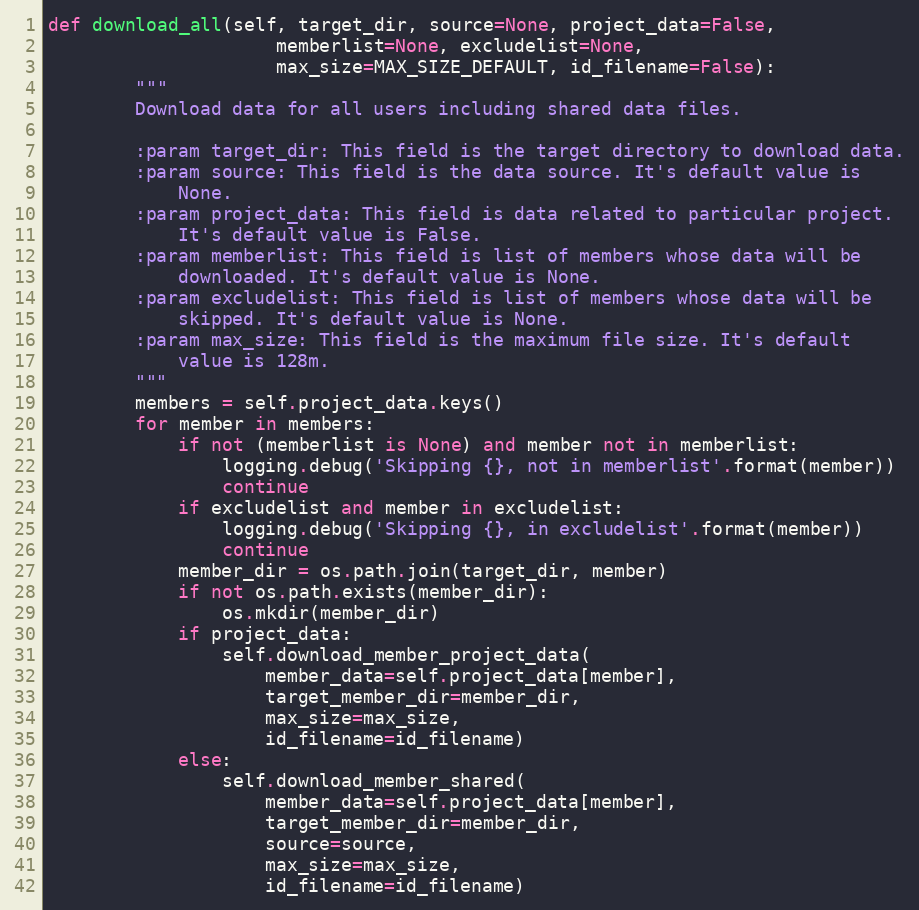
Language: Python
def download_all(self, target_dir, source=None, project_data=False,
                     memberlist=None, excludelist=None,
                     max_size=MAX_SIZE_DEFAULT, id_filename=False):
        """
        Download data for all users including shared data files.

        :param target_dir: This field is the target directory to download data.
        :param source: This field is the data source. It's default value is
            None.
        :param project_data: This field is data related to particular project.
            It's default value is False.
        :param memberlist: This field is list of members whose data will be
            downloaded. It's default value is None.
        :param excludelist: This field is list of members whose data will be
            skipped. It's default value is None.
        :param max_size: This field is the maximum file size. It's default
            value is 128m.
        """
        members = self.project_data.keys()
        for member in members:
            if not (memberlist is None) and member not in memberlist:
                logging.debug('Skipping {}, not in memberlist'.format(member))
                continue
            if excludelist and member in excludelist:
                logging.debug('Skipping {}, in excludelist'.format(member))
                continue
            member_dir = os.path.join(target_dir, member)
            if not os.path.exists(member_dir):
                os.mkdir(member_dir)
            if project_data:
                self.download_member_project_data(
                    member_data=self.project_data[member],
                    target_member_dir=member_dir,
                    max_size=max_size,
                    id_filename=id_filename)
            else:
                self.download_member_shared(
                    member_data=self.project_data[member],
                    target_member_dir=member_dir,
                    source=source,
                    max_size=max_size,
                    id_filename=id_filename)